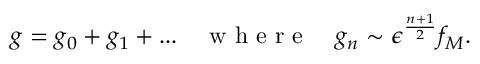
g = g _ { 0 } + g _ { 1 } + . . . \quad \mathrm { ~ w ~ h ~ e ~ r ~ e ~ } \quad g _ { n } \sim \epsilon ^ { \frac { n + 1 } { 2 } } f _ { M } .